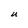
Character: U